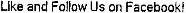
LIKE AND FOLLOW US ON FACEBOOK!